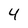
Character: 4